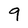
Character: 9